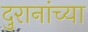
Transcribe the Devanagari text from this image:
दुरानांच्या